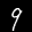
Label: 9